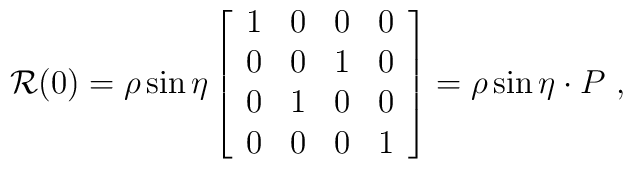
{\cal R}(0) = \rho \sin \eta\left[\begin{array}{cccc}                               1 & 0 & 0 & 0\\                               0 & 0 & 1 & 0\\                               0 & 1 & 0 & 0\\                               0 & 0 & 0 & 1 \end{array}                        \right]= \rho \sin \eta\cdot P~,